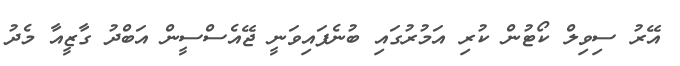
އޭރު ސިވިލް ކޯޓުން ކުރި އަމުރުގައި ބުނެފައިވަނީ ޖޭއެސްސީން އަބްދު ގާޒީއާ މެދު